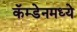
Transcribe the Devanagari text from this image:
कॅम्डेनमध्ये